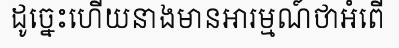
ដូច្នេះហើយនាងមានអារម្មណ៍ថាអំពើ